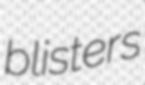
blisters